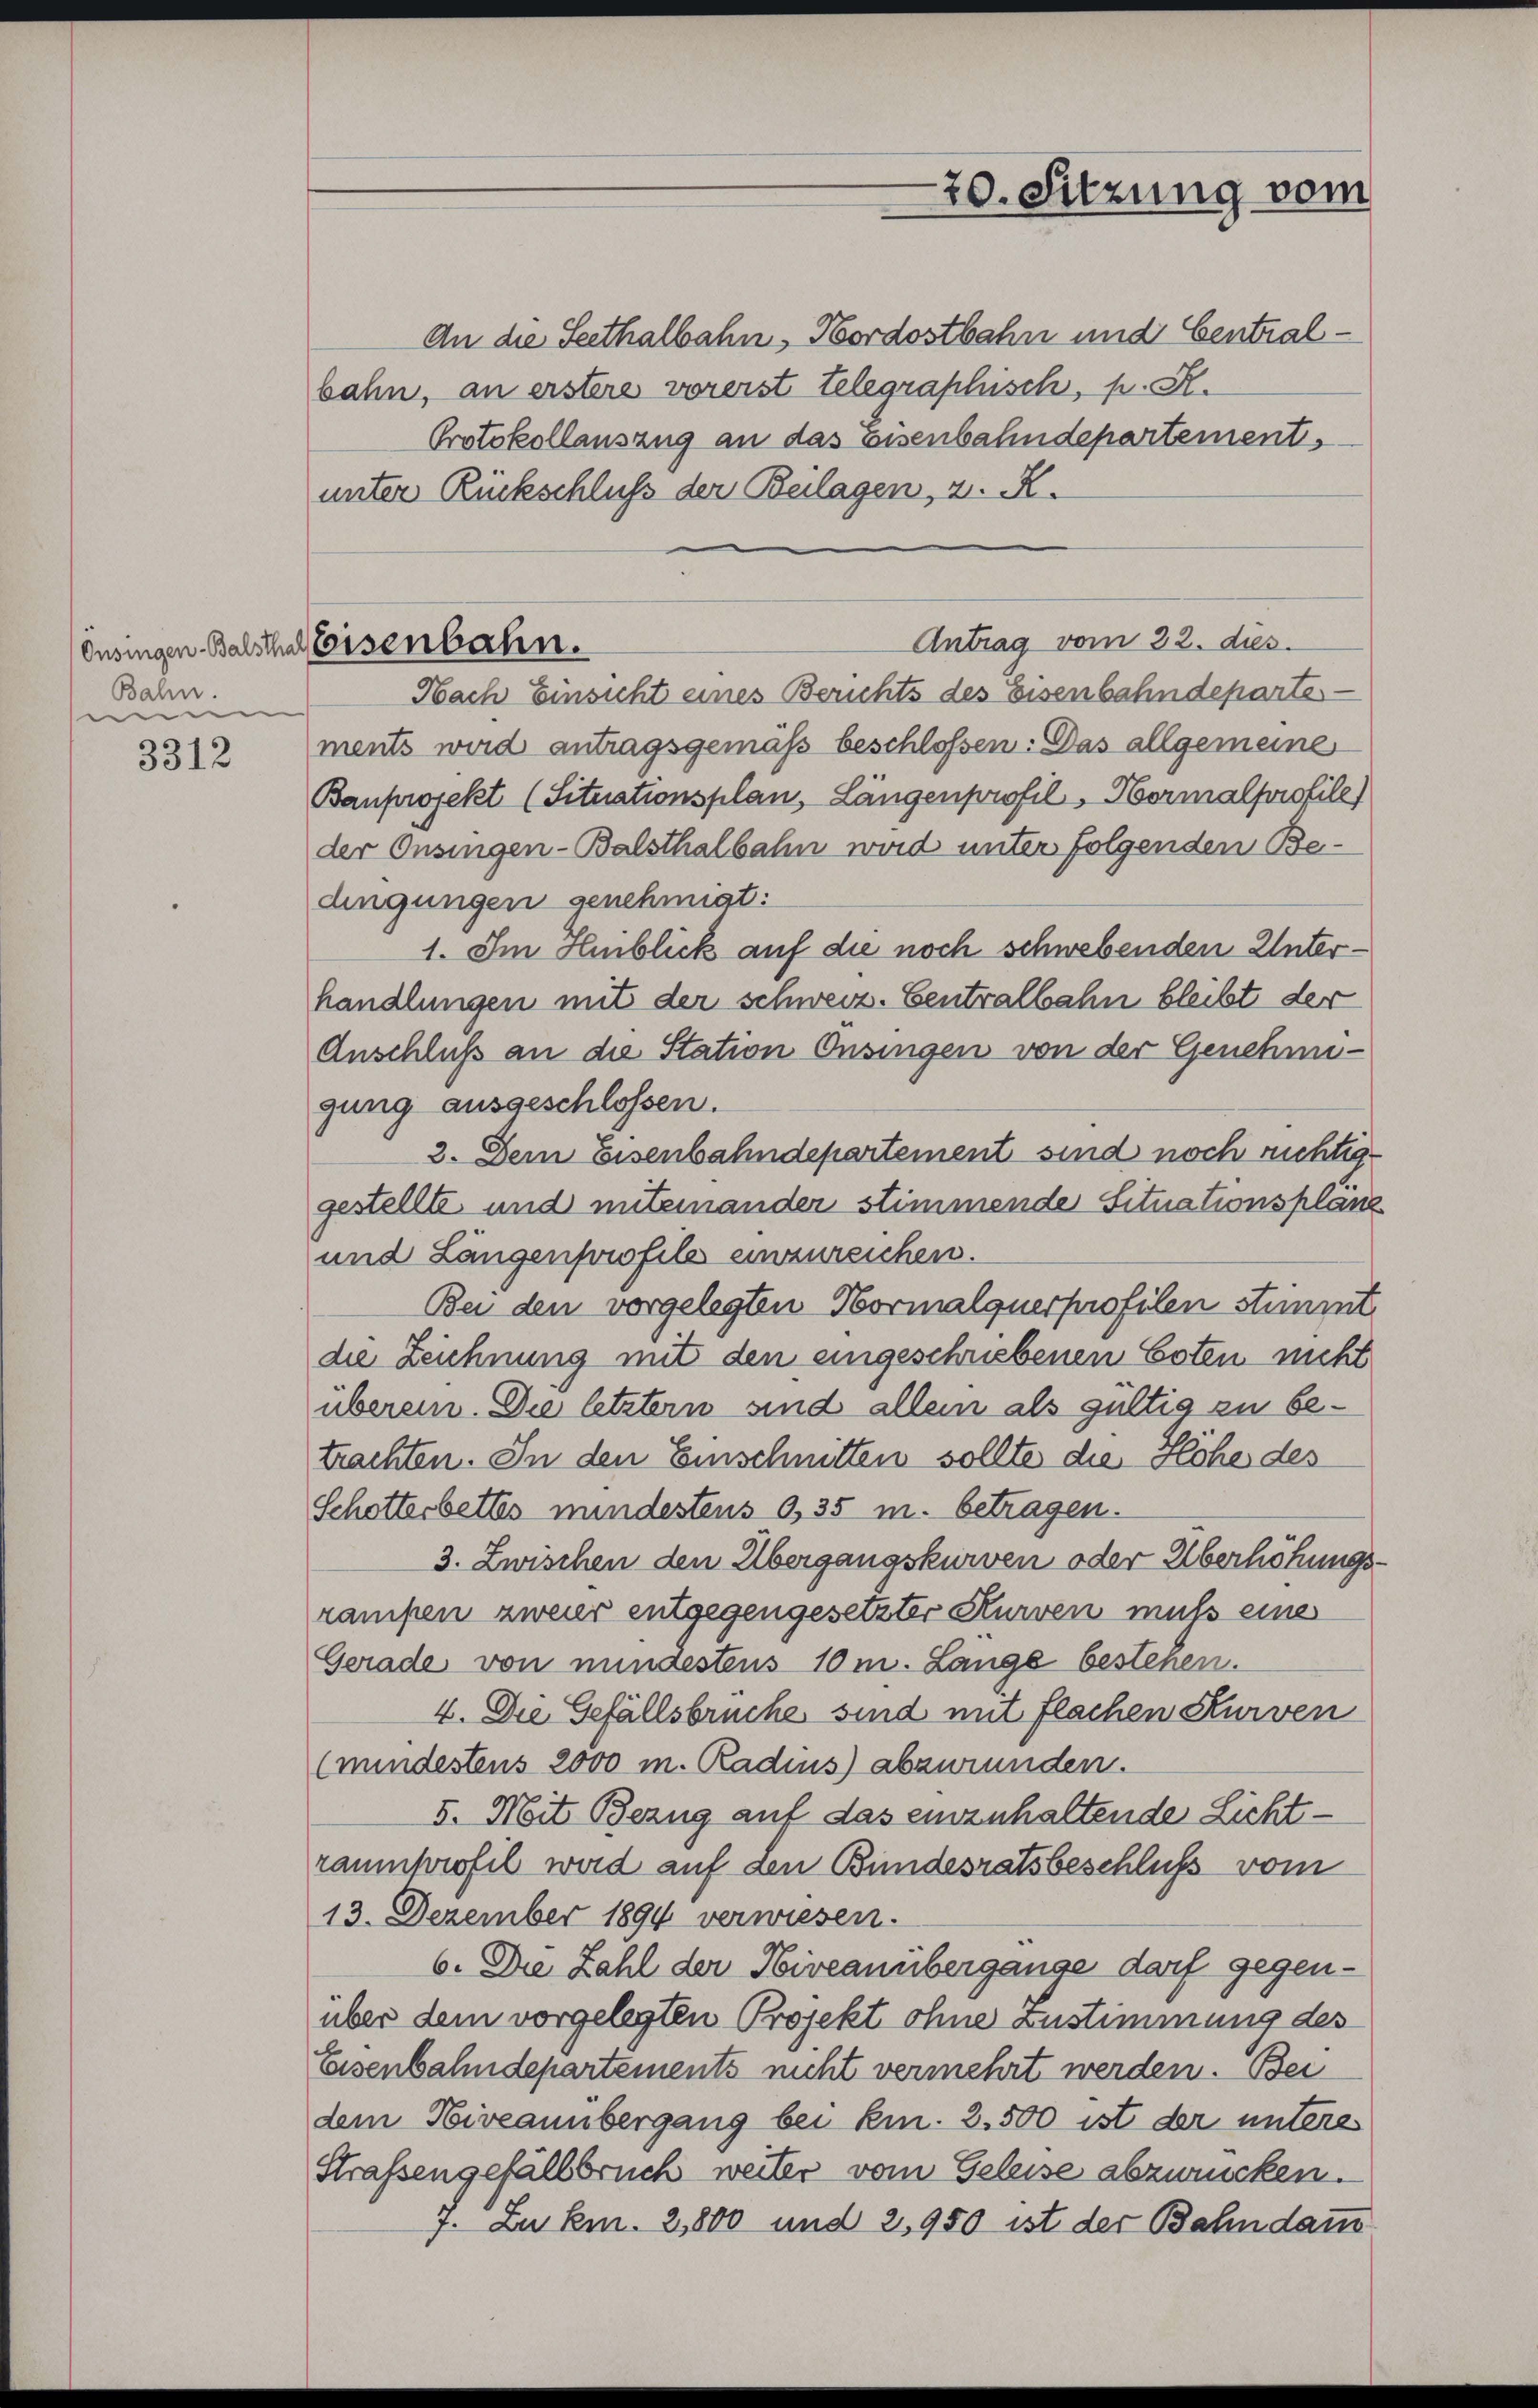
Bahn.
se

3312

ousingen Balsthal Eisenbahn.

An die Seethalbahn, Hordostbahn und Centralbahn, an erstere vorerst telegraphisch, p. R.
Protokollauszug an das Eisenbahndepartement,
unter Rückschluß der Beilagen, z. R.
Nach Einsicht eines Berichts des Eisenbahndeparte
ments wird antragsgemäß beschlossen. Das allgemeines
Banprojekt (Situationsplan, Längenprofil, Normalprofile)
der Onsingen-Balsthalbahn wird unter folgenden Bedingungen genehmigt:
1. Im Heiblick auf die noch schwebenden Unterhandlungen mit der schweiz. Centralbahn bleibt der
Anschluß an die Station Onsingen von der Genehmigung ausgeschlossen.
3. Dem Eisenbahndepartement sind noch rechtig
gestellte, und miteinander stimmende Situationsplänz
und Längenprofile einzureichen.
Bei den vorgelegten Normalquerprofilen stimmt
die Zeichnung mit den eingeschriebenen Boten nicht
überein. Die letztern sind allein als gültig zu betrachten. In den Einschnitten sollte die Höhe des
Schotterbettes mindestens 0,35 m. betragen.
3. Zwischen den Übergangskurven oder Überhöhungsrampen zweier entgegengesetzter Kurven muß eine
Gerade von mindestens 10 m. Lange bestehen.
4. Die Gefällsbrüche sind mit flachen Kurven
(mindestens 2000 m. Radius) abzuründen.
5. Mit Bezug auf das einzuhaltende Lichtraumprofil wird auf den Bundesratsbeschluß vom
13. Dezember 1894 verwiesen.
6. Die Zahl der Hiveanübergange darf gegenüber dem vorgelegten Projekt ohne Zustimmung des
Eisenbahndepartements nicht vermehrt werden. Bei
dem Niveaunbergang bei kn. 2. 500 ist der unteres
Strafsengefällsbruch weiter vom Geleise abzurücken.
7. Zu km. 2,800 und 2,950 ist der Bahndam

20. Sitzung vom

Antrag vom 22. dies